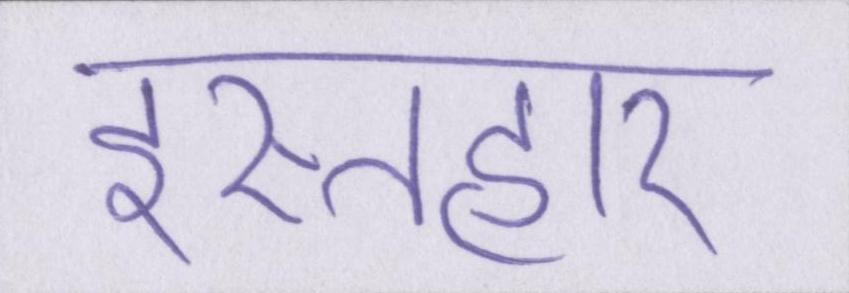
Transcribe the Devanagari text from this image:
इस्तहार